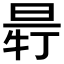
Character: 𣆽